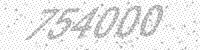
Solution: 754000